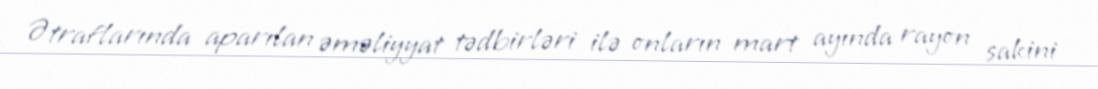
Ətraflarında aparılan əməliyyat tədbirləri ilə onların mart ayında rayon sakini